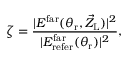
\zeta = \frac { \vert E ^ { \mathrm { f a r } } ( \theta _ { \mathrm { r } } , \vec { Z } _ { \mathrm { L } } ) \vert ^ { 2 } } { \vert E _ { \mathrm { r e f e r } } ^ { \mathrm { f a r } } ( \theta _ { \mathrm { r } } ) \vert ^ { 2 } } ,